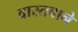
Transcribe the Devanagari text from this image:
वास्तवाने